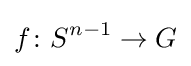
f\colon S^{n-1}\to G